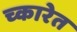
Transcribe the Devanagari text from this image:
च्कारेत